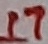
Text: 17